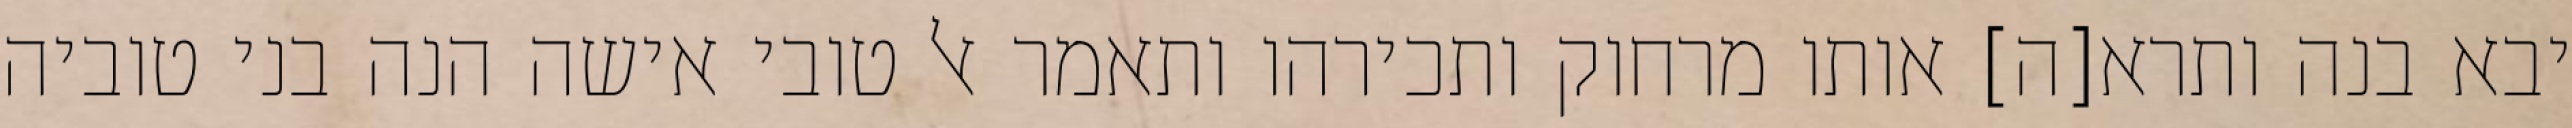
יבא בנה ותרא[ה] אותו מרחוק ותכירהו ותאמר אל טובי אישה הנה בני טוביה